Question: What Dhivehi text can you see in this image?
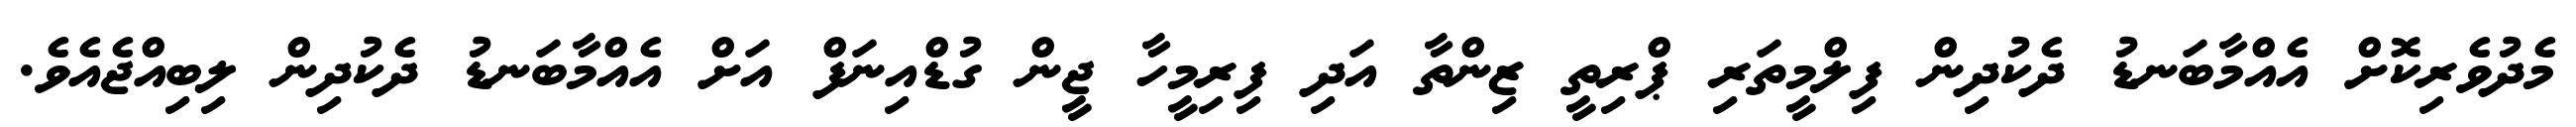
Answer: މެދުވެރިކޮށް އެއްމާބަނޑު ދެކުދިން ފިލްމީތަރި ޕްރިތީ ޒިންތާ އަދި ފިރިމީހާ ޖީން ގުޑްއިނަފް އަށް އެއްމާބަނޑު ދެކުދިން ލިބިއްޖެއެވެ.